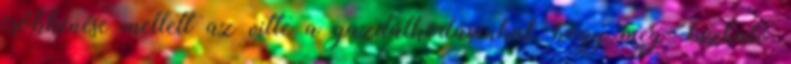
csökkenése mellett az vitte a gazdálkodásunkat, hogy meg- bízható